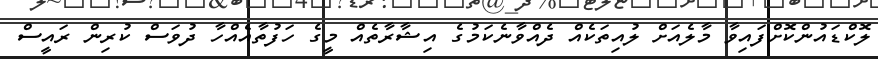
ލޮކްޑައުންކޮށްފައިވާ މާލެއަށް ލުއިތަކެއް ދެއްވާނެކަމުގެ އިޝާރާތެއް މީގެ ހަފުތާއެއްހާ ދުވަސް ކުރިން ރައީސް